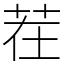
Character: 茬